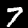
Digit: 7